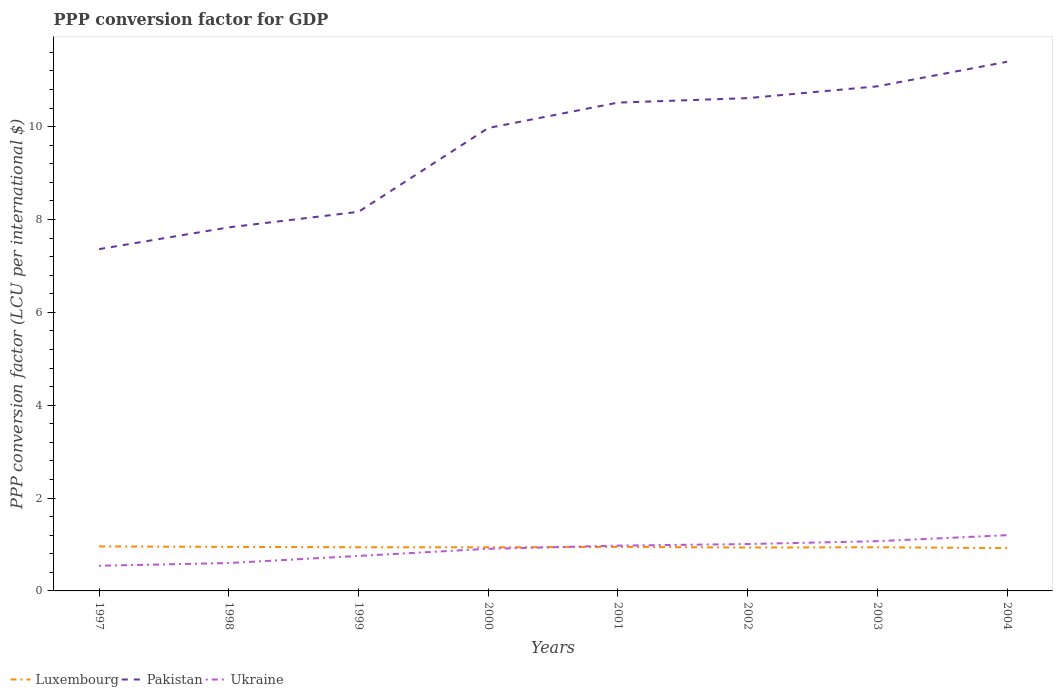
| Years | Luxembourg | Pakistan | Ukraine |
 | --- | --- | --- | --- |
 | 1997 | 0.959 | 7.36 | 0.542 |
 | 1998 | 0.948 | 7.83 | 0.601 |
 | 1999 | 0.941 | 8.17 | 0.754 |
 | 2000 | 0.939 | 9.97 | 0.907 |
 | 2001 | 0.948 | 10.5 | 0.975 |
 | 2002 | 0.934 | 10.6 | 1.01 |
 | 2003 | 0.941 | 10.9 | 1.07 |
 | 2004 | 0.922 | 11.4 | 1.2 |